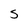
Character: s